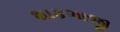
શાકભાજી